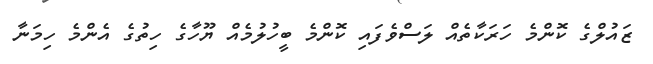
ޒައުލްގެ ކޮންމެ ހަރަކާތެއް ލަސްވެފައި ކޮންމެ ބީހުލުމެއް ޔޫހާގެ ހިތުގެ އެންމެ ހިމަނާ